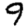
Digit: 9